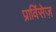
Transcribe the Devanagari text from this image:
प्राविंसेज़